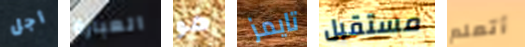
أجل العبارة هو تايمز مستقبل أتعلم